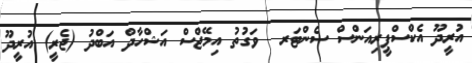
އުރީދޫ އެކްސްޕީރިއަންސް ސެންޓަރ  ވަގުތު އިމޭޖްސް އަޝްހާދް އަބްދު (ޖެރީ) އުރީދޫ